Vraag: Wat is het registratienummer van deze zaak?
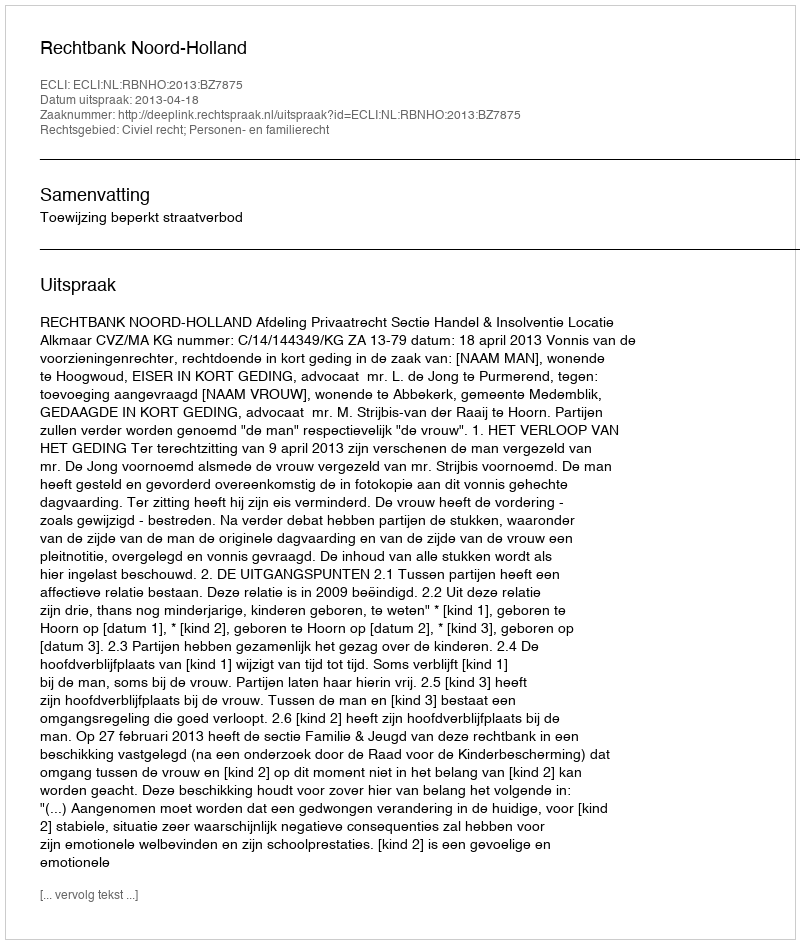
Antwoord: http://deeplink.rechtspraak.nl/uitspraak?id=ECLI:NL:RBNHO:2013:BZ7875